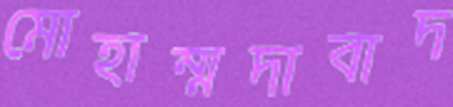
মোহাম্মদাবাদ